Vital statistics of India. Vol. VI, European troops 1870-79
Year: 1870
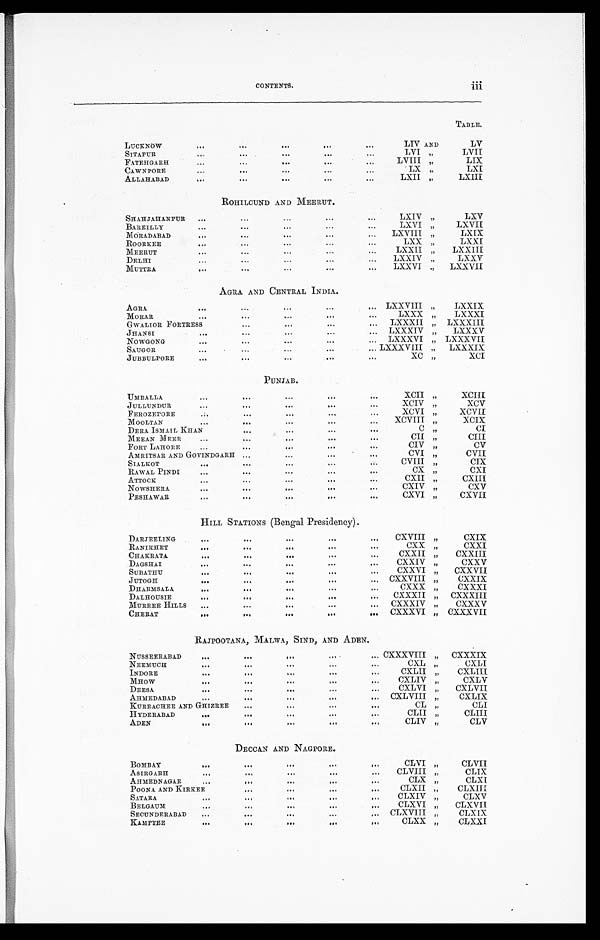
CONTENTS. i i i
TABLE.
LUCKNOW ...
...
...
...
...
LIV AND
LV
SITAPUR ...
...
...
LVI ,,
LVII
FATEHGARH ...
...
... ...
...
LVIII ,,
LIX
CAWNPORE ...
...
...
...
LX ,,
LXI
ALLAHABAD ...
... ...
LXII ,,
LXIII
ROHILCUND AND MEERUT.
SHAHJAHANPUR
...
...
...
...
...
LXIV , ,
LXV
BAREILLY ...
...
...
... ...
LXVI
, ,
LXVII
MORADABAD ... ...
...
...
...
LXVIII
, ,
LXIX
ROORKEE ... ... ... ... ...
LXX , ,
LXXI
MEERUT ...
...
...
...
...
LXXII
, ,
LXXIII
DELHI ...
...
... ...
...
LXXIV , ,
LXXV
MUTTRA...
...
... ...
...
LXXVI , ,
LXXVII
AGRA AND CENTRAL INDIA.
AGRA
... ....
...
...
LXXVIII
, ,
LXXIX
MORAR
...
...
L X X X
, ,
LXXXI
GWALIOR FORTRESS ...
...
...
LXXXII
, , LXXXIII
JHANSI ...
...
... ...
...
LXXXIV
, ,
LXXXV
NOWGONG
...
...
...
LXXXVI , , LXXXVII
SAUGOR ...
...
...
... ... LXXXVIII , , LXXXIX
JUBBULPORE
...
...
... ..
XC , ,
X C I
PUNJAB.
UMBALLA ...
...
...
...
...
XCII , ,
XCIII
JULLUNDUR ...
...
... ...
XCIV , ,
XCV
FEROZEPORE
...
..
XCVI , ,
X C V I I
MOOLTAN ...
...
...
...
...
XCVIII , ,
XCIX
DERA I SMAIL KHAN ...
..
...
...
C /,,I
CI
MEEAN MEER ...
...
...
...
CII , ,
CIII
FORT LAHORE ..
...
...
CIV , ,
CV
AMRITSAR AND GOVINDGARH ...
.. ...
...
CVI , ,
CVII
SIALKOT ...
...
...
... ...
CVIII , ,
CIX
RAWAL PINDI ...
...
...
...
CX , ,
CXI
ATTOCK ... ... ..
...
...
CXII , ,
CXIII
NOWSHERA ...
... ...
...
...
CXIV , ,
CXV
PESHAWAR ...
... ...
...
CXVI , ,
CXVII
HILL STATIONS (Bengal Presidency).
DARJEELING ... ...
...
...
...
CXVIII , ,
CXIX
RANIKHET ...
... ...
...
...
CXX , ,
CXXI
CHAKRATA ...
... ...
...
CXXII , ,
CXXIII
DAGSHAI ... ...
...
...
CXXIV , ,
CXXV
SUBATHU ... ...
... ...
...
CXXVI , ,
CXXVII
JUTOGH
•••
... ...
...
CXXVIII , ,
CXXIX
DHARMSAL A ....
...
... ...
CXXX , ,
CX XXI
DALHOUSIE ...
... ...
...
...
CXXXII , , CXXXIII
MURREE HILLS ...
... ...
...
CXXXIV , ,
CXXXV
CHERAT ... ...
... ...
...
CXXXVI , , CXXXVII
RAJPOOTANA, MALWA, SIND, AND ADEN.
NUSSEERABAD ... ...
... ...
CXXXVIII , , CXXXIX
NEEMUCH ...
...
...
CXL , ,
CXLI
INDORE ... ...
...
... ...
CXLII
, ,
CXLIII
MHOW ...
... ...
...
CXLIV
, ,
CXLV
DEESA ...
...
••• ...
...
CXLVI , ,
CXLVII
AHMEDABAD ...
...
...
...
...
CXLVIII , ,
CXLIX
KURRACHEE AND GHIZREE ...
... ...
...
CL
, ,
CLI
H YDERABAD
•••
•••
... ...
...
CLII , ,
CLIII
ADEN ... ...
...
...
...
CLIV , ,
CLV
DECCAN AND NAGPORE.
BOMBAY ... ... ...
...
. ..
CLVI , ,
CLVII
ASIRGARH
...
...
...
...
CLVIII
, ,
CLIX
AHMEDNAGAR .
..
... ...
...
CLX , ,
CLXI
POONA AND KIRKEE ... ...
...
...
CLXII , ,
CLXIII
SATARA ...
... ...
...
...
CLXIV , ,
CLXV
BELGAUM ... ...
...
...
CLXVI , ,
CLXVII
SECUNDERABAD
... ...
... ...
...
CLXVIII , ,
CLXIX
KAMPTEE
...
... ..
..
...
CLXX , ,
CLXXI